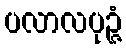
ပလာလပုဉ္ဇံ